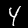
Label: 4